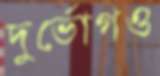
দুর্ভোগও